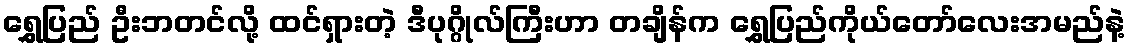
ရွှေပြည် ဦးဘတင်လို့ ထင်ရှားတဲ့ ဒီပုဂ္ဂိုလ်ကြီးဟာ တချိန်က ရွှေပြည်ကိုယ်တော်လေးအမည်နဲ့